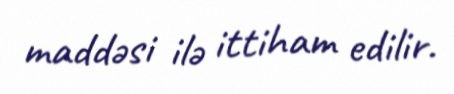
maddəsi ilə ittiham edilir.